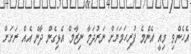
އެހެންވި މިއީ އެންމެ ފުރިހަމަޔަށް ނަރުދަމާ ނިޒާމް އެޅިގެން ދާނެ އެއް ރަށަށް